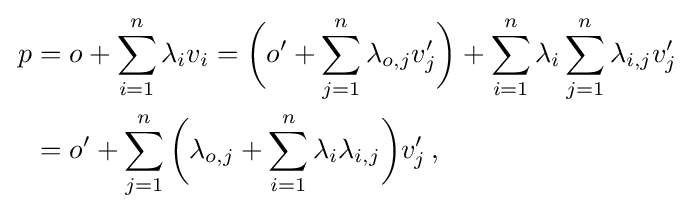
{\begin{aligned}\,p&=o+\sum _{i=1}^{n}\lambda _{i}v_{i}={\biggl (}o'+\sum _{j=1}^{n}\lambda _{o,j}v'_{j}{\biggr )}+\sum _{i=1}^{n}\lambda _{i}\sum _{j=1}^{n}\lambda _{i,j}v'_{j}\\&=o'+\sum _{j=1}^{n}{\biggl (}\lambda _{o,j}+\sum _{i=1}^{n}\lambda _{i}\lambda _{i,j}{\biggr )}v'_{j}\,,\end{aligned}}